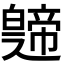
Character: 𤾤